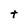
Character: t